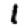
Digit: 1